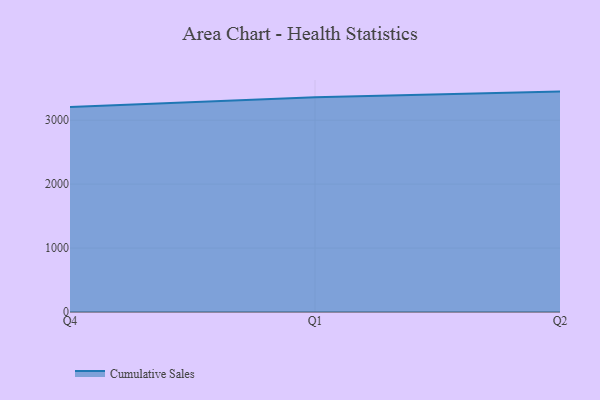
{"axis": {"x": "Quarter", "y": "Satisfaction Score"}, "legend": ["Cumulative Sales"], "data": [{"x": "Q4", "y": 3206.3, "type": "Cumulative Sales"}, {"x": "Q1", "y": 3360.9, "type": "Cumulative Sales"}, {"x": "Q2", "y": 3447.4, "type": "Cumulative Sales"}]}